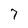
Character: 7